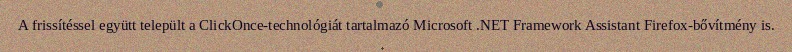
A frissítéssel együtt települt a ClickOnce-technológiát tartalmazó Microsoft .NET Framework Assistant Firefox-bővítmény is.